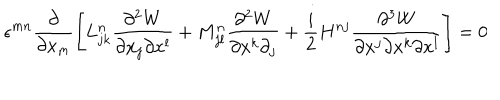
\epsilon ^ { m n } \displaystyle \frac { \partial } { \partial x _ { m } } \left[ L _ { j k } ^ { n } \frac { \partial ^ { 2 } W } { \partial x _ { j } \partial x ^ { l } } + M _ { j l } ^ { n } \frac { \partial ^ { 2 } W } { \partial x ^ { k } \partial _ { j } } + \frac { i } { 2 } H ^ { n j } \frac { \partial ^ { 3 } W } { \partial x ^ { j } \partial x ^ { k } \partial x ^ { l } } \right] = 0